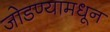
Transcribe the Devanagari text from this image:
जोडण्यामधून